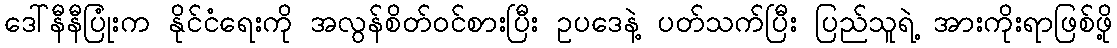
ဒေါ်နီနီပြုံးက နိုင်ငံရေးကို အလွန်စိတ်ဝင်စားပြီး ဥပဒေနဲ့ ပတ်သက်ပြီး ပြည်သူရဲ့ အားကိုးရာဖြစ်ဖို့